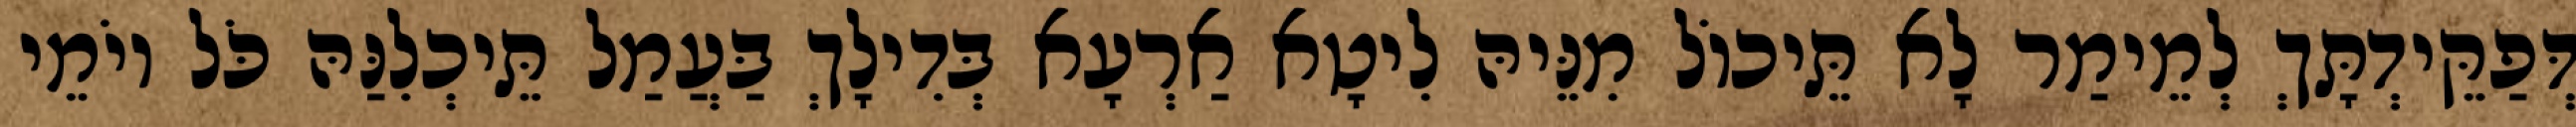
דְּפַקֵּידְתָּךְ לְמֵימַר לָא תֵּיכוֹל מִנֵּיהּ לִיטָא אַרְעָא בְּדִילָךְ בַּעֲמַל תֵּיכְלִנַּהּ כֹּל יוֹמֵי